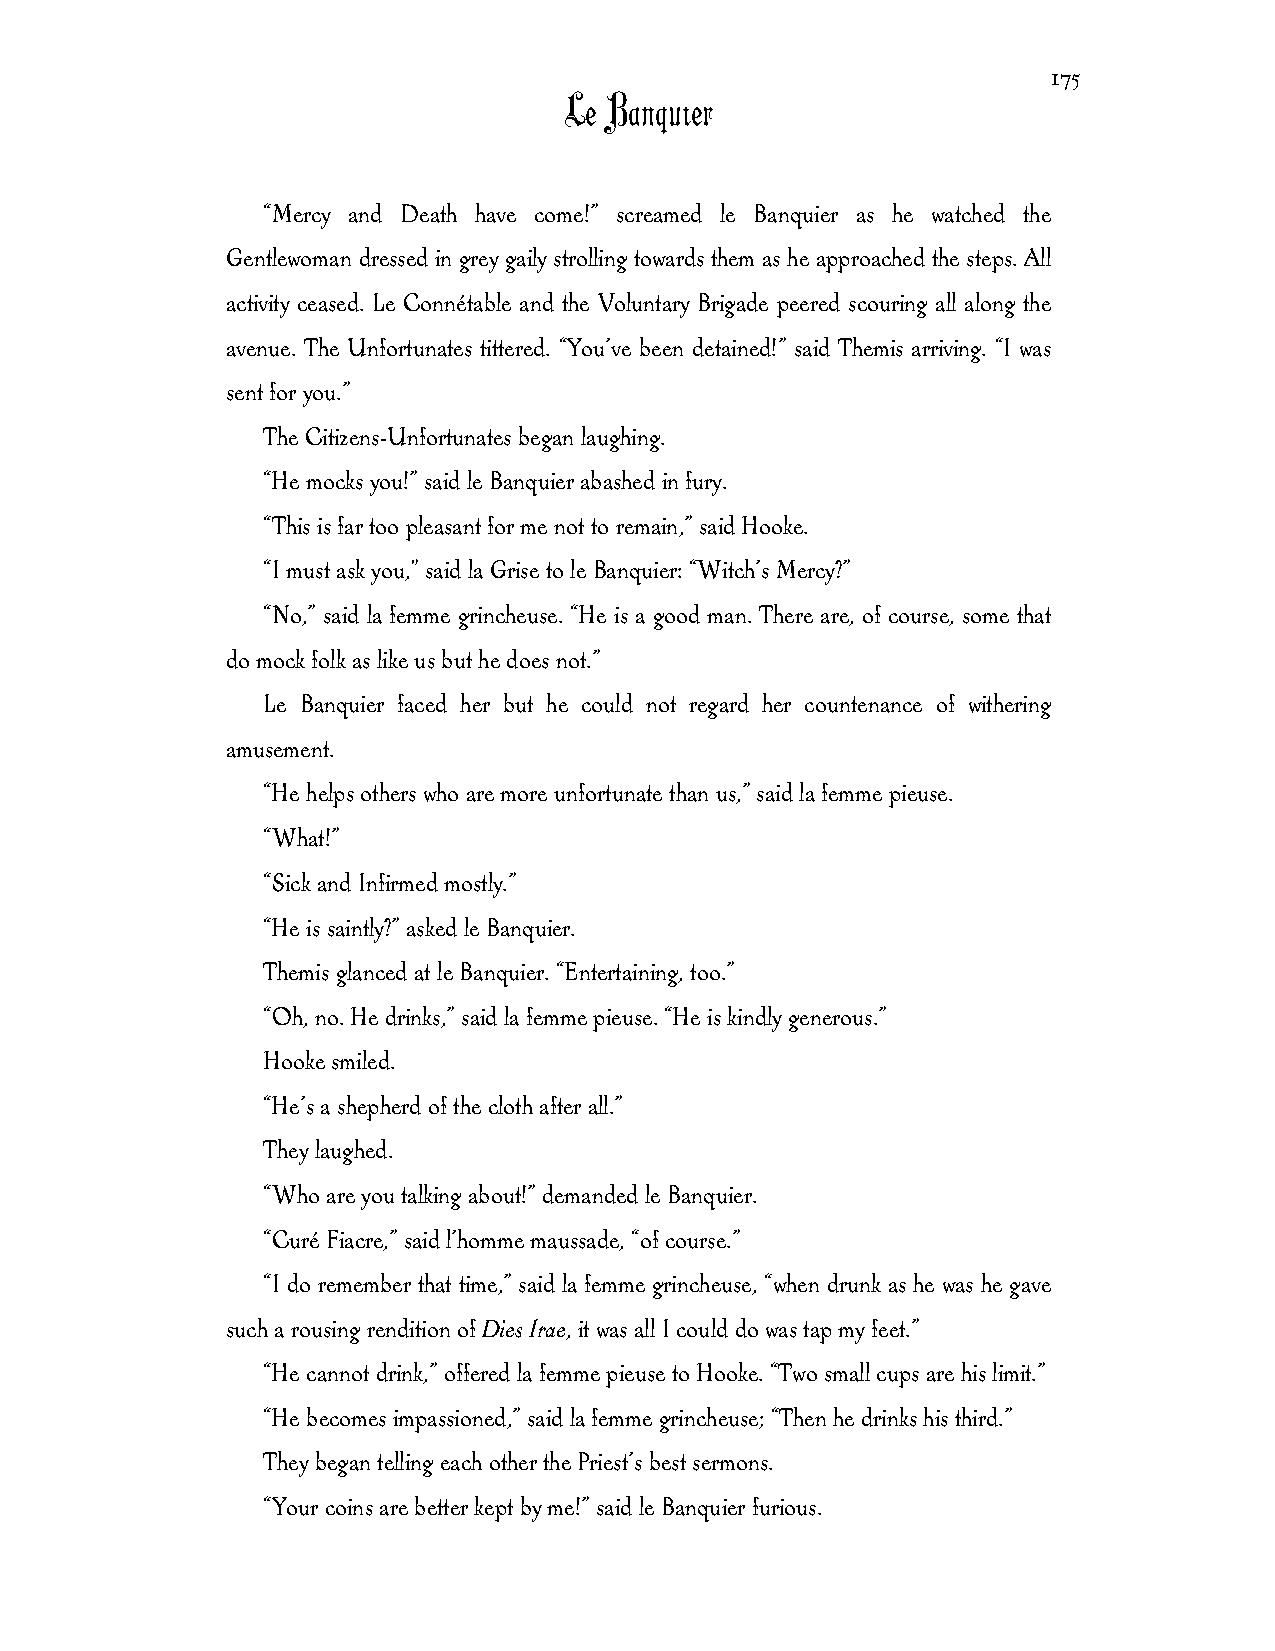
175
 Le Banquier
 “Mercy and Death have come!” screamed le Banquier as he watched the
 Gentlewoman dressed in grey gaily strolling towards them as he approached the steps. All
 activity ceased. Le Connétable and the Voluntary Brigade peered scouring all along the
 avenue. The Unfortunates tittered. “You’ve been detained!” said Themis arriving. “I was
 sent for you.”
 The Citizens-Unfortunates began laughing.
 “He mocks you!” said le Banquier abashed in fury.
 “This is far too pleasant for me not to remain,” said Hooke.
 “I must ask you," said la Grise to le Banquier: “Witch’s Mercy?”
 “No,” said la femme grincheuse. “He is a good man. There are, of course, some that
 do mock folk as like us but he does not.”
 Le Banquier faced her but he could not regard her countenance of withering
 amusement.
 “He helps others who are more unfortunate than us,” said la femme pieuse.
 “What!”
 “Sick and Infirmed mostly.”
 “He is saintly?” asked le Banquier.
 Themis glanced at le Banquier. “Entertaining, too.”
 “Oh, no. He drinks,” said la femme pieuse. “He is kindly generous.”
 Hooke smiled.
 “He’s a shepherd of the cloth after all.”
 They laughed.
 “Who are you talking about!” demanded le Banquier.
 “Curé Fiacre,” said l’homme maussade, “of course.”
 “I do remember that time,” said la femme grincheuse, “when drunk as he was he gave
 such a rousing rendition of Dies Irae, it was all I could do was tap my feet.”
 “He cannot drink,” offered la femme pieuse to Hooke. “Two small cups are his limit.”
 “He becomes impassioned,” said la femme grincheuse; “Then he drinks his third.”
 They began telling each other the Priest’s best sermons.
 “Your coins are better kept by me!” said le Banquier furious.